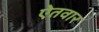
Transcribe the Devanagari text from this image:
ऐतवार